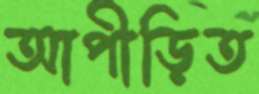
আপীড়িত